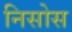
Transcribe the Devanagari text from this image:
निसोस